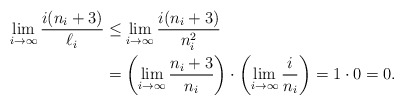
\begin{align*}\lim_{i \to \infty} \frac{i(n_i+3)}{\ell_i} &\le \lim_{i \to \infty} \frac{i(n_i+3)}{n_i^2 } \\&= \left( \lim_{i \to \infty} \frac{n_i+3}{n_i} \right) \cdot \left( \lim_{i \to \infty} \frac{i}{n_i} \right) = 1 \cdot 0 = 0. \end{align*}